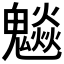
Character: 𩴩